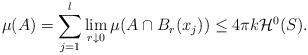
LaTeX: \begin{align*}\mu(A)=\sum\limits_{j=1}^{l}\lim_{r\downarrow 0}\mu(A\cap B_r(x_j))\leq 4\pi k\mathcal{H}^0({S}).\end{align*}